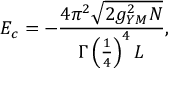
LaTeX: E _ { c } = - \frac { 4 \pi ^ { 2 } \sqrt { 2 g _ { Y M } ^ { 2 } N } } { \Gamma \left( \frac { 1 } { 4 } \right) ^ { 4 } L } ,